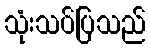
သုံးသပ်ပြသည်